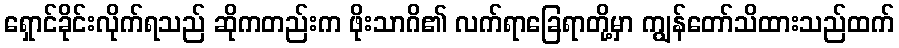
ရှောင်ခိုင်းလိုက်ရသည် ဆိုကတည်းက ဖိုးသာဂိ၏ လက်ရာခြေရာတို့မှာ ကျွန်တော်သိထားသည်ထက်